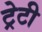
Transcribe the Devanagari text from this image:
ट्रेटी